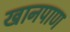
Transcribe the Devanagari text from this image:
खानपाण